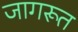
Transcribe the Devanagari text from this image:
जागरूत